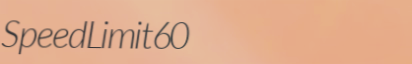
SpeedLimit60